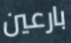
بارعين